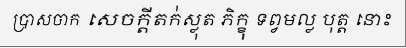
ប្រាសចាក សេចក្តីតក់ស្លុត ភិក្ខុ ទព្វមល្ល បុត្ត នោះ